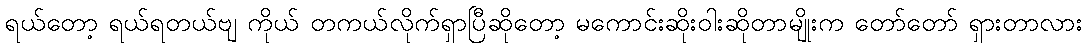
ရယ်တော့ ရယ်ရတယ်ဗျ ကိုယ် တကယ်လိုက်ရှာပြီဆိုတော့ မကောင်းဆိုးဝါးဆိုတာမျိုးက တော်တော် ရှားတာလား